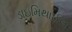
ડાઇમિથાઈલ